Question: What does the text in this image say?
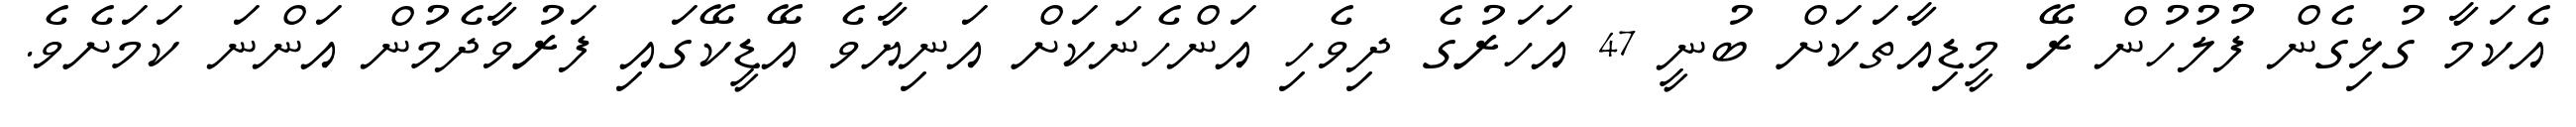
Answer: އެކަމާ ގުޅިގެން ފުލުހުން ރޭ މީޑިއާތަކަށް ބުނީ 47 އަހަރުގެ ދިވެހި އަންހެނަކަށް އަނިޔާވެ އޭޑީކޭގައި ފަރުވާދެމުން އަންނަ ކަމަށެވެ.